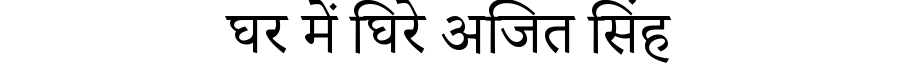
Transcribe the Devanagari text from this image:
घर में घिरे अजित सिंह